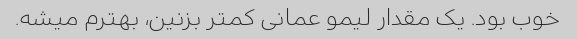
خوب بود. یک مقدار لیمو عمانی کمتر بزنین، بهترم میشه.